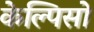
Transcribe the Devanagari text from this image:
केल्पिसो